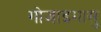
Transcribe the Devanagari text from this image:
गोजाइमासु